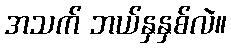
အသက် ဘယ်နှနှစ်လဲ။